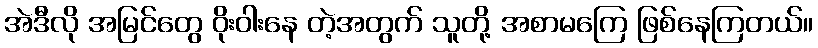
အဲဒီလို အမြင်တွေ ဝိုးဝါးနေ တဲ့အတွက် သူတို့ အစာမကြေ ဖြစ်နေကြတယ်။